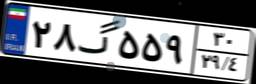
۸۱گ۶۳۴۸۶